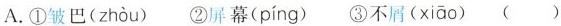
A.①皱巴( zhòu ) ②屏幕( píng ) ③不屑( xiāo ) ()